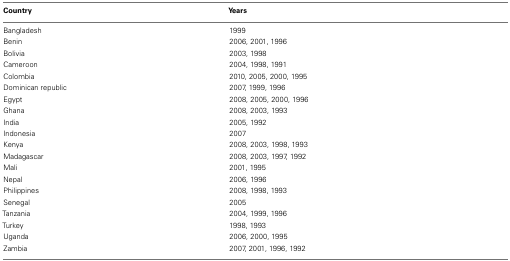
<table><thead><tr><td><b>Country</b></td><td><b>Years</b></td></tr></thead><tbody><tr><td>Bangladesh</td><td>1999</td></tr><tr><td>Benin</td><td>2006, 2001, 1996</td></tr><tr><td>Bolivia</td><td>2003, 1998</td></tr><tr><td>Cameroon</td><td>2004, 1998, 1991</td></tr><tr><td>Colombia</td><td>2010, 2005, 2000, 1995</td></tr><tr><td>Dominican republic</td><td>2007, 1999, 1996</td></tr><tr><td>Egypt</td><td>2008, 2005, 2000, 1996</td></tr><tr><td>Ghana</td><td>2008, 2003, 1993</td></tr><tr><td>India</td><td>2005, 1992</td></tr><tr><td>Indonesia</td><td>2007</td></tr><tr><td>Kenya</td><td>2008, 2003, 1998, 1993</td></tr><tr><td>Madagascar</td><td>2008, 2003, 1997, 1992</td></tr><tr><td>Mali</td><td>2001, 1995</td></tr><tr><td>Nepal</td><td>2006, 1996</td></tr><tr><td>Philippines</td><td>2008, 1998, 1993</td></tr><tr><td>Senegal</td><td>2005</td></tr><tr><td>Tanzania</td><td>2004, 1999, 1996</td></tr><tr><td>Turkey</td><td>1998, 1993</td></tr><tr><td>Uganda</td><td>2006, 2000, 1995</td></tr><tr><td>Zambia</td><td>2007, 2001, 1996, 1992</td></tr></tbody></table>